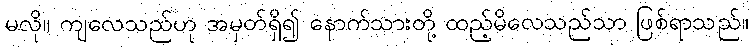
မလို။ ကျလေသည်ဟု အမှတ်ရှိ၍ နောက်သားတို့ ထည့်မိလေသည်သာ ဖြစ်ရာသည်။